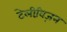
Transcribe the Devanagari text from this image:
टेलीवि़ज़न